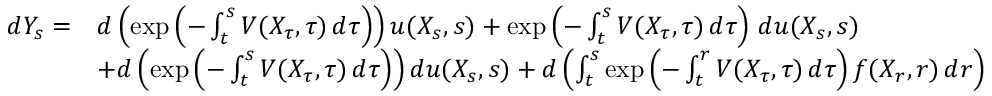
{ \begin{array} { r l } { d Y _ { s } = } & { d \left( \exp \left( - \int _ { t } ^ { s } V ( X _ { \tau } , \tau ) \, d \tau \right) \right) u ( X _ { s } , s ) + \exp \left( - \int _ { t } ^ { s } V ( X _ { \tau } , \tau ) \, d \tau \right) \, d u ( X _ { s } , s ) } \\ & { + d \left( \exp \left( - \int _ { t } ^ { s } V ( X _ { \tau } , \tau ) \, d \tau \right) \right) d u ( X _ { s } , s ) + d \left( \int _ { t } ^ { s } \exp \left( - \int _ { t } ^ { r } V ( X _ { \tau } , \tau ) \, d \tau \right) f ( X _ { r } , r ) \, d r \right) } \end{array} }